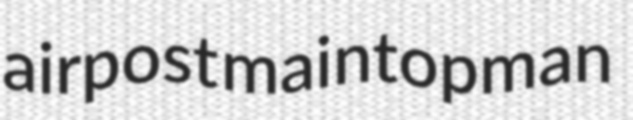
airpost maintopman